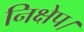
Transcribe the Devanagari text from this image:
निक्षेप।